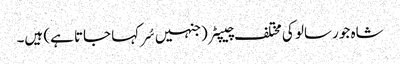
شاہ جو رسالو کی مختلف چیپٹر (جنہیں سُر کہا جاتا ہے) ہیں۔